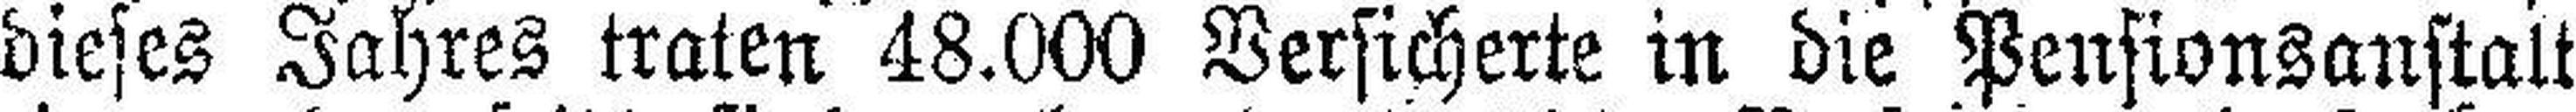
dieses Jahres traten 48.000 Versicherte in die Pensionsanstalt